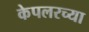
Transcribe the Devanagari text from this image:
केपलरच्या